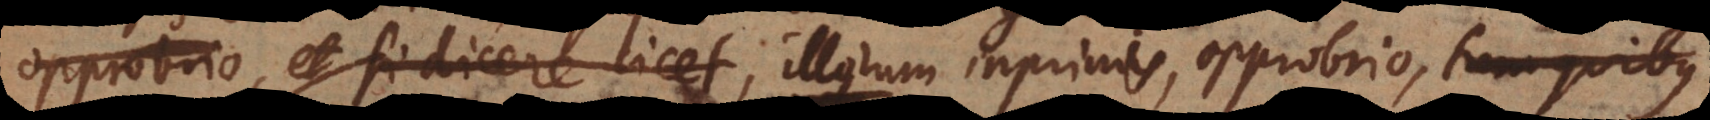
opprobrio, et si dicere licet, illorum inprimis, qui cum maxime